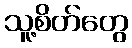
သူ့စိတ်တွေ